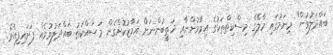
ބައްދަލުވުން" މިނަމުގައި މާލޭގެ މިސްކިތްތަކުގެ އިމާމުންނާއި ޚަޠީބުންނަށް އަމާޒުކޮށްގެން މަސައްކަތު ބައްދަލުވުމެއް ފަށައިފިއެވެ.